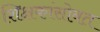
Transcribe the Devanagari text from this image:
शिक्षकांसोबत